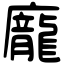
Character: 龐